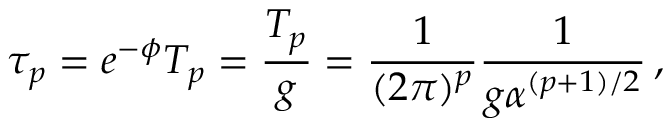
\tau _ { p } = e ^ { - \phi } T _ { p } = \frac { T _ { p } } { g } = \frac { 1 } { ( 2 \pi ) ^ { p } } \frac { 1 } { g \alpha ^ { ( p + 1 ) / 2 } } \, ,